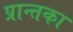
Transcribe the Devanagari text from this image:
प्रान्तका